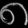
Digit: ၈